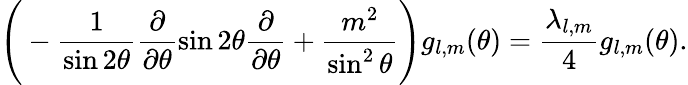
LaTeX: \Bigg(-\frac{1}{\sin{2\theta}}\frac{\partial}{\partial\theta}\sin{2\theta}\frac{\partial}{\partial\theta}+\frac{m^{2}}{\sin^{2}{\theta}}\Bigg)g_{l,m}(\theta)=\frac{\lambda_{l,m}}{4}g_{l,m}(\theta).